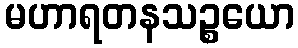
မဟာရတနသဉ္စယော